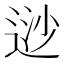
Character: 逤